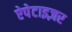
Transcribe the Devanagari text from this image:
ऐपेटाइज़र